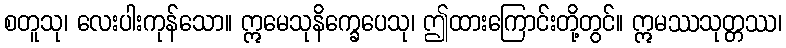
စတူသု၊ လေးပါးကုန်သော။ ဣမေသုနိက္ခေပေသု၊ ဤထားကြောင်းတို့တွင်။ ဣမဿသုတ္တဿ၊